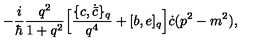
- \frac { i } { \hbar } \frac { q ^ { 2 } } { 1 + q ^ { 2 } } \Bigl [ \frac { \{ c , \dot { \bar { c } } \} _ { q } } { q ^ { 4 } } + [ b , e ] _ { q } \Bigr ] \dot { c } ( p ^ { 2 } - m ^ { 2 } ) ,